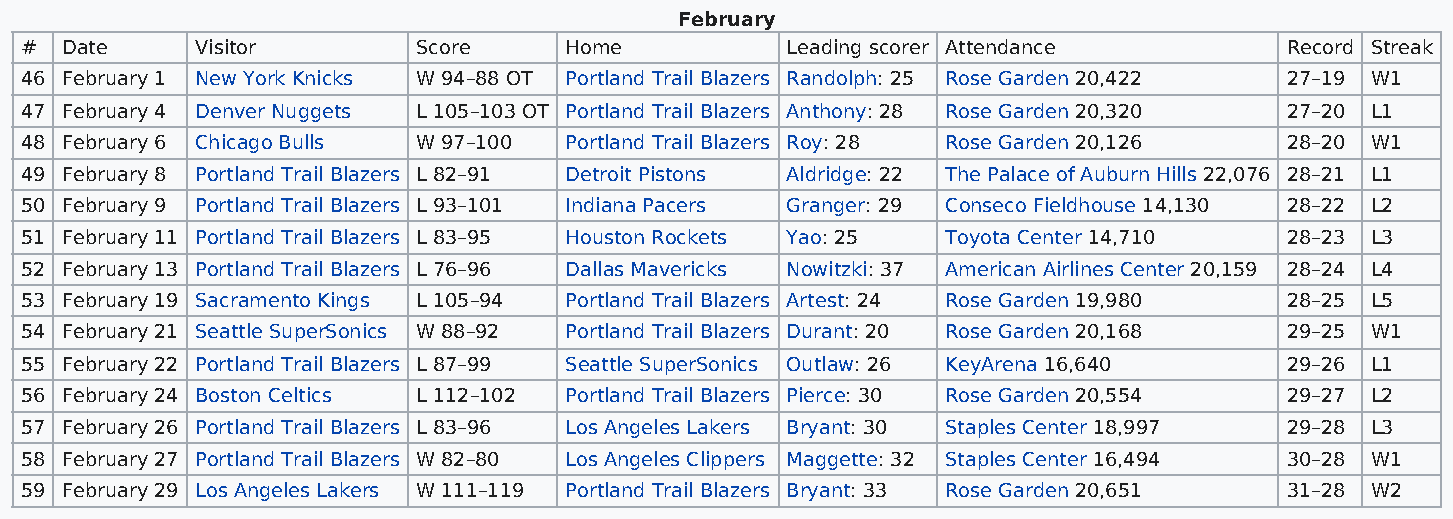
February
 #  Date     Visitor        Score    Home           Leading scorer Attendance        Record Streak
 46 February 1 New York Knicks W 94–88 OT Portland Trail Blazers Randolph: 25 Rose Garden 20,422 27–19 W1
 47 February 4 Denver Nuggets L 105–103 OT Portland Trail Blazers Anthony: 28 Rose Garden 20,320 27–20 L1
 48 February 6 Chicago Bulls W 97–100 Portland Trail Blazers Roy: 28 Rose Garden 20,126 28–20 W1
 49 February 8 Portland Trail Blazers L 82–91 Detroit Pistons Aldridge: 22 The Palace of Auburn Hills 22,076 28–21 L1
 50 February 9 Portland Trail Blazers L 93–101 Indiana Pacers Granger: 29 Conseco Fieldhouse 14,130 28–22 L2
 51 February 11 Portland Trail Blazers L 83–95 Houston Rockets Yao: 25 Toyota Center 14,710 28–23 L3
 52 February 13 Portland Trail Blazers L 76–96 Dallas Mavericks Nowitzki: 37 American Airlines Center 20,159 28–24 L4
 53 February 19 Sacramento Kings L 105–94 Portland Trail Blazers Artest: 24 Rose Garden 19,980 28–25 L5
 54 February 21 Seattle SuperSonics W 88–92 Portland Trail Blazers Durant: 20 Rose Garden 20,168 29–25 W1
 55 February 22 Portland Trail Blazers L 87–99 Seattle SuperSonics Outlaw: 26 KeyArena 16,640 29–26 L1
 56 February 24 Boston Celtics L 112–102 Portland Trail Blazers Pierce: 30 Rose Garden 20,554 29–27 L2
 57 February 26 Portland Trail Blazers L 83–96 Los Angeles Lakers Bryant: 30 Staples Center 18,997 29–28 L3
 58 February 27 Portland Trail Blazers W 82–80 Los Angeles Clippers Maggette: 32 Staples Center 16,494 30–28 W1
 59 February 29 Los Angeles Lakers W 111–119 Portland Trail Blazers Bryant: 33 Rose Garden 20,651 31–28 W2